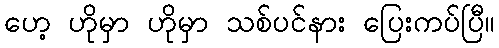
ဟေ့ ဟိုမှာ ဟိုမှာ သစ်ပင်နား ပြေးကပ်ပြီ။